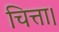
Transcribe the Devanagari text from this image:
चित्ता।